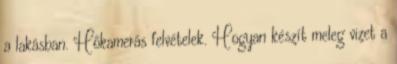
a lakásban. Hőkamerás felvételek. Hogyan készít meleg vizet a